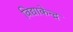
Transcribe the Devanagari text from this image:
विद्याकेन्द्र